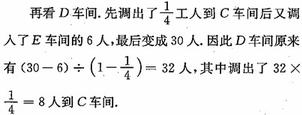
再看 \(D\) 车间.先调出了\(\frac{1}{4}\)工人到 \(C\) 车间后又调入了 \(E\) 车间的 \(6\) 人，最后变成 \(30\) 人. 因此 \(D\) 车间原来有 \((30 - 6)\div(1-\frac{1}{4}) = 32\) 人，其中调出了 \(32\times\frac{1}{4}=8\) 人到 \(C\) 车间.